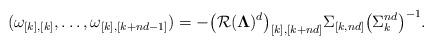
LaTeX: \begin{align*}(\omega_{[k],[k]},\dots,\omega_{[k],[k+nd-1]})=-\big(\mathcal R(\boldsymbol \Lambda)^d\big)_{[k],[k+nd]}\Sigma_{[k,nd]}\big(\Sigma_k^{nd}\big)^{-1}.\end{align*}